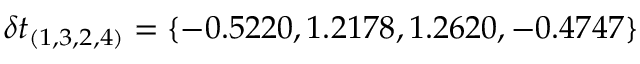
\delta t _ { ( 1 , 3 , 2 , 4 ) } = \{ - 0 . 5 2 2 0 , 1 . 2 1 7 8 , 1 . 2 6 2 0 , - 0 . 4 7 4 7 \}